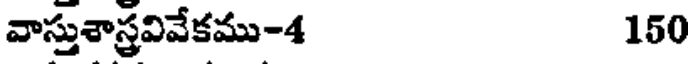
వాస్తుశాస్త్రవివేకము-4 150